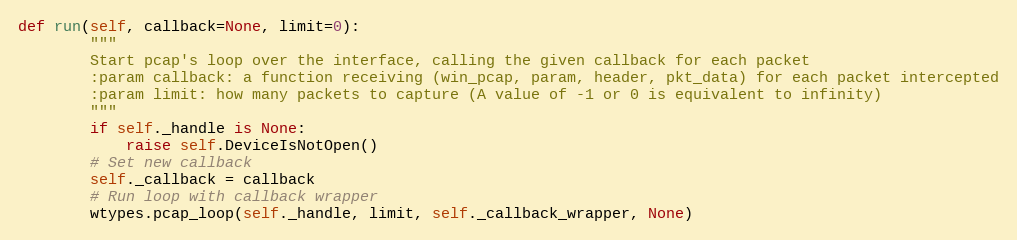
Language: Python
def run(self, callback=None, limit=0):
        """
        Start pcap's loop over the interface, calling the given callback for each packet
        :param callback: a function receiving (win_pcap, param, header, pkt_data) for each packet intercepted
        :param limit: how many packets to capture (A value of -1 or 0 is equivalent to infinity)
        """
        if self._handle is None:
            raise self.DeviceIsNotOpen()
        # Set new callback
        self._callback = callback
        # Run loop with callback wrapper
        wtypes.pcap_loop(self._handle, limit, self._callback_wrapper, None)